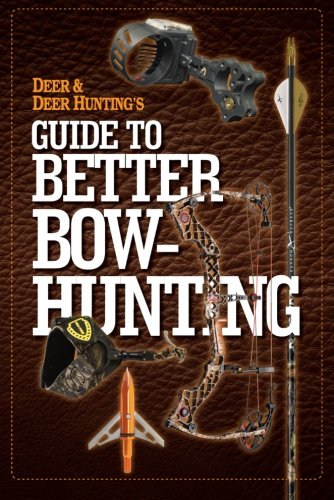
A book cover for Deer & Deer Hunting's Guide to Better Bow-Hunting; Sports & Outdoors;